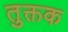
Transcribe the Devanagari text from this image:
तुक्तक